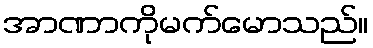
အာဏာကိုမက်မောသည်။